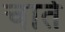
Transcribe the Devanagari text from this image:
चाते